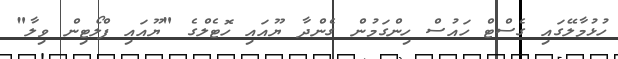
ހުޅުމާލޭގައި ގެސްޓް ހައުސް ހިންގަމުން ގެންދާ ޔޫއައި ހޮޓެލްގެ "ޔޫއައި ފްލޯޓިން ވިލާ"